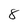
Character: 8